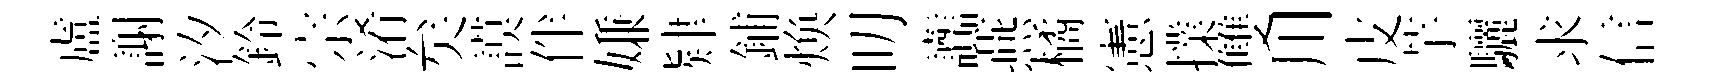
盧謝汐鈴宗淆矣謨伴嫌肄鋪焕叨讟燕橘憲擈雙川皮芋驪求信